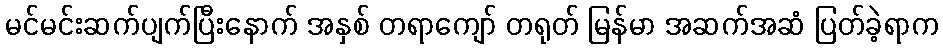
မင်မင်းဆက်ပျက်ပြီးနောက် အနှစ် တရာကျော် တရုတ် မြန်မာ အဆက်အဆံ ပြတ်ခဲ့ရာက